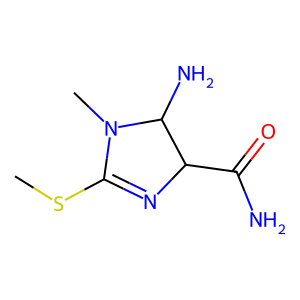
SMILES: CSC1=NC(C(N)=O)C(N)N1C
Inhibits HIV replication: No